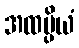
အထပ္ပိယံ